Development of the parasite of Indian kala azar - Number 53
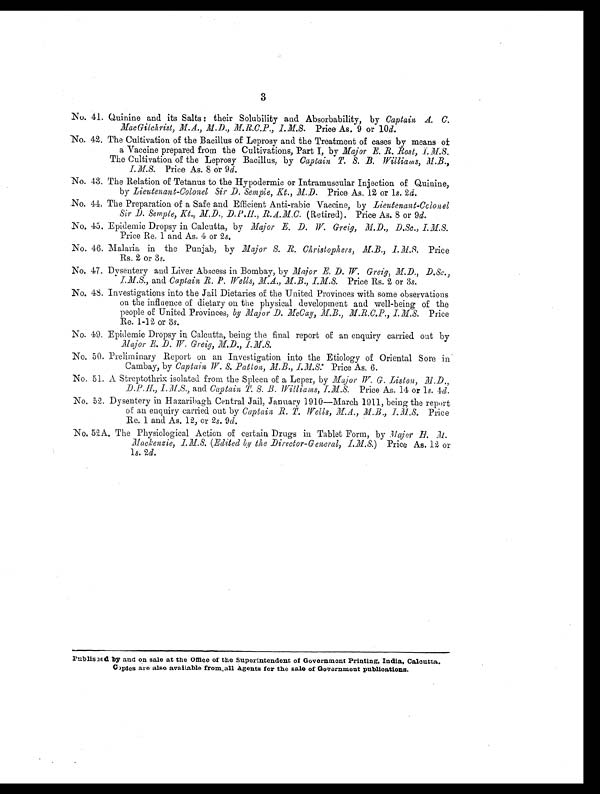
3
No. 41. Quinine and its Salts : their Solubility and Absorbability, by Captain A. C.
MacGilchrist, M.A., M.D., M.R.C.P., I.M.S. Price As. 9 or 10d.
No. 42. The Cultivation of the Bacillus of Leprosy and the Treatment of cases by means of
a Vaccine prepared from the Cultivations, Part I, by Major E. R. Rost, I.M.S.
The Cultivation of the Leprosy Bacillus, by Captain T. S. B. Williams, M.B.,
I . M . S .
P r i c e A s . 8 o r 9
d
.
No. 43. The Relation of Tetanus to the Hypodermic or Intramuscular Injection of Quinine,
by Lieutenant-Colonel Sir D. Semple, Kt., M.D. Price As. 12 or l s. 2 d.
No. 44. The Preparation of a Safe and Efficient Anti-rabic Vaccine, by Lieutenant-Cclonel
Sir D. Semple, Kt., M.D., D.P.H., R.A.M.C. (Retired). Price As. 8 or 9 d.
.No. 45. Epidemic Dropsy in Calcutta, by Major E. D. W. Greig, M.D., D.Sc., I.M.S.
Price Re. 1 and As. 4 or 2 s.
No. 46. Malaria in the Punjab, by Major S. R. Christophers, M.B., I.M.S. Price
Rs. 2 or 3 s.
No. 47. Dysentery and Liver Abscess in Bombay, by Major E. D. W. Greig, M.D., D.Sc.,
I.M.S., and Captain R. P. Wells, M.A., M.B., I.M.S. Price Rs. 2 or 3s.
No. 48. Investigations into the Jail Dietaries of the United Provinces with some observations
on the influence of dietary on the physical development and well-being of the
people of United Provinces, by Major D. McCay, M.B., M.R.C.P., I.M.S. Price
Re. 1-12 or 3s .
No. 49. Epidemic Dropsy in Calcutta, being the final report of an enquiry carried out by
Major E. D. W . Greig, M.D., I.M.S.
No. 50. Preliminary Report on an Investigation into the Etiology of Oriental Sore in
Cambay, by Captain W. S. Patton, M.B., I.M.S: Price As. 6.
No. 51. A Streptothrix isolated from the Spleen of a Leper, by Major W. G. Liston, M.D.,
D.P.H., I.M.S., and Captain T. S. B. Williams, I.M.S. Price As. 14 or ls. 4d.
No. 52. Dysentery in Hazaribagh Central Jail, January 1910—March 1911, being the report
of an enquiry carried out by Captain R. T. Wells, M.A., M.B., I.M.S. Price
Re. 1 and As. 12, or 2 s. 9d .
No. 52A. The Physiological Action of certain Drugs in Tablet Form, by Major H M
Mackenzie, I.M.S. (Edited by the Director-General, I.M.S.) Price As. 12 or
ls. 2d.
Published by and on sale at the Office of the Superintendent of Government Printing, India, Calcutta.
Copies are also available from all Agents for the sale of Government publioationa.